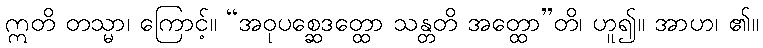
ဣတိ တသ္မာ၊ ကြောင့်။ “အဝုပစ္ဆေဒတ္ထော သန္တတိ အတ္ထော”တိ၊ ဟူ၍။ အာဟ၊ ၏။